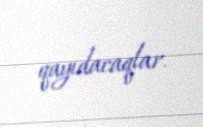
qayıdacaqlar.